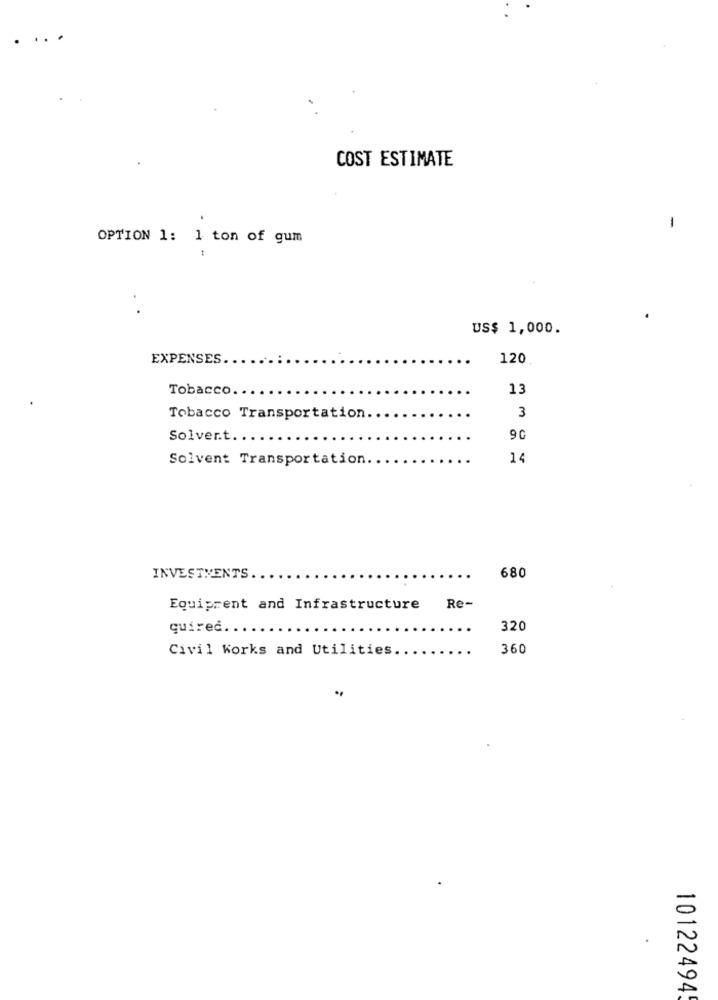
COST ESTIMATE
1
OPTION 1: 1 ton of gum
US$ 1,000.
EXPENSES.
120
Tobacco.
13
3
Tobacco Transportation
Solvert ...
9C
Solvent Transportation.
INVESTMENTS
680
Re-
Equiprent and Infrastructure
quired ..
320
Civil Korks and Utilities
360
10122494